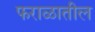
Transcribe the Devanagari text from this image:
फराळातील